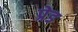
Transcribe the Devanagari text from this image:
प्रेड